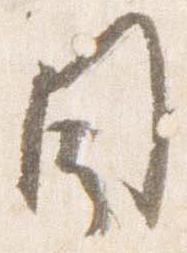
目